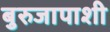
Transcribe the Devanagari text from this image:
बुरुजापाशी